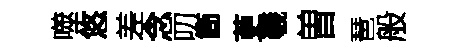
噬悠差念叨箇茰羲曽琶般